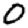
Digit: 0